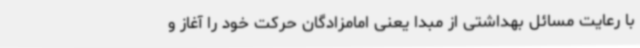
با رعایت مسائل بهداشتی از مبدا یعنی امامزادگان حرکت خود را آغاز و